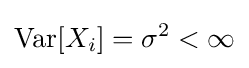
\operatorname {Var} [X_{i}]=\sigma ^{2}<\infty